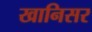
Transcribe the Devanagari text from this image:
खानिसर